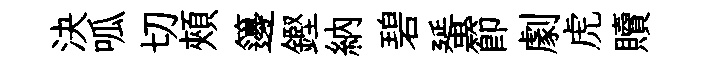
決呱切頰籩鏗納碧蜑節劇虎贖